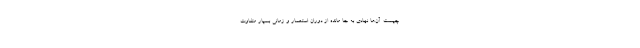
چیست. آن‌ها نهادی به جا مانده از دوران استعمار و زمانی بسیار متفاوت